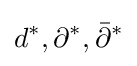
d^{*},\partial ^{*},{\bar {\partial }}^{*}